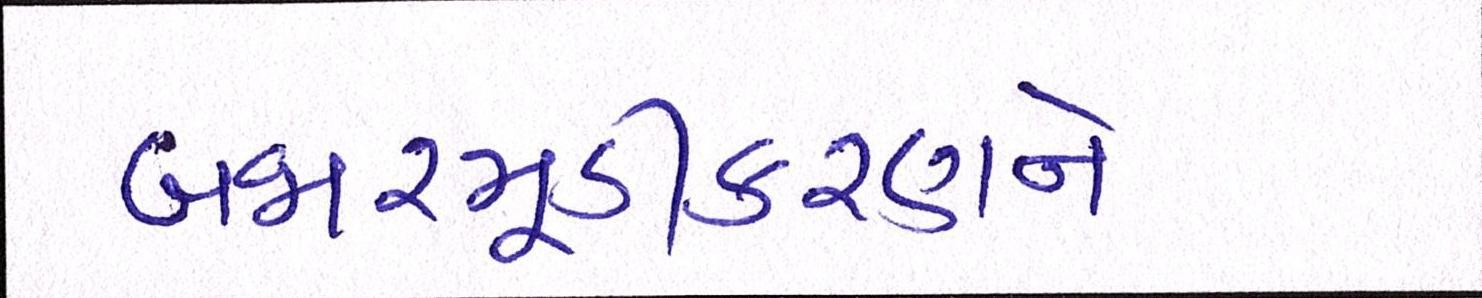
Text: બજારમૂડીકરણને